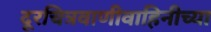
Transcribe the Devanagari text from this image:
दूरचित्रवाणीवाहिनीच्या